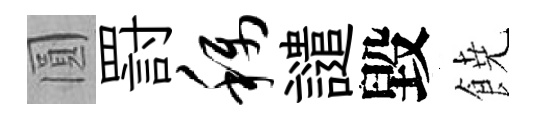
圓罸称譴毀𩜙